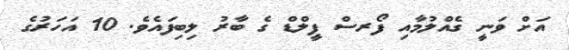
އަށް ވަނީ ގެެއްލުމާއި ފޯރސް ފީލްޑް ގެ ބާރު ލިބިފައެވެ. 10 އަހަރުގެ